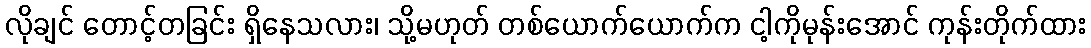
လိုချင် တောင့်တခြင်း ရှိနေသလား၊ သို့မဟုတ် တစ်ယောက်ယောက်က ငါ့ကိုမုန်းအောင် ကုန်းတိုက်ထား